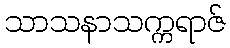
သာသနာသက္ကရာဇ်